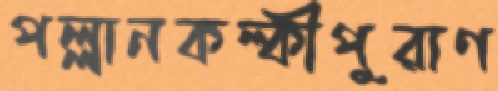
পল্লানকল্কীপুরাণ